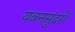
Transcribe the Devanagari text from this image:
यवनसुंदरी